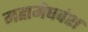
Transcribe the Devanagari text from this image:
महामेघवंश